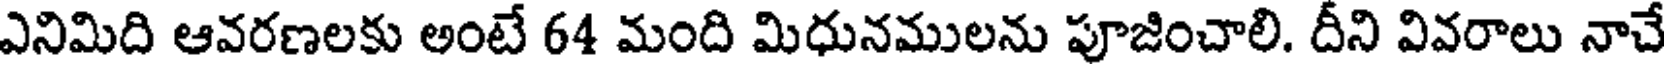
ఎనిమిది ఆవరణలకు అంటే 64 మంది మిధునములను పూజించాలి. దీని వివరాలు నాచే